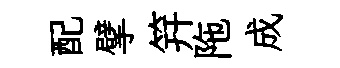
配擘笄陁成